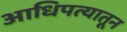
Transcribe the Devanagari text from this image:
आधिपत्यातून